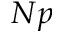
N p